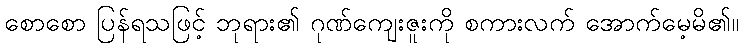
စောစော ပြန်ရသဖြင့် ဘုရား၏ ဂုဏ်ကျေးဇူးကို စကားလက် အောက်မေ့မိ၏။